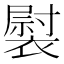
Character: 褽